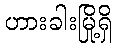
ဟားခါးမြို့ရှိ